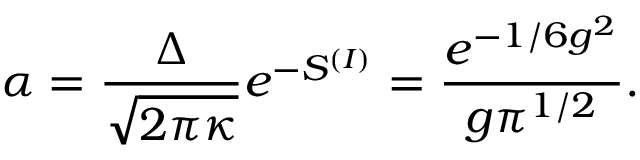
\alpha = \frac { \Delta } { \sqrt { 2 \pi \kappa } } e ^ { - S ^ { ( I ) } } = \frac { e ^ { - 1 / 6 g ^ { 2 } } } { g \pi ^ { 1 / 2 } } .